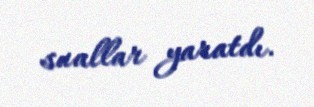
suallar yaratdı.